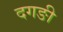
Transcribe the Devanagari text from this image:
दगङी